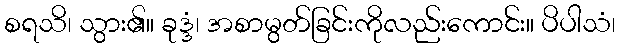
စရသိ၊ သွား၏။ ခုဒ္ဒံ၊ အစာမွတ်ခြင်းကိုလည်းကောင်း။ ပိပါသံ၊